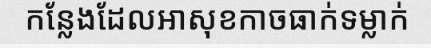
កន្លែងដែលអាសុខកាចធាក់ទម្លាក់